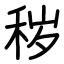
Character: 秽